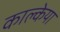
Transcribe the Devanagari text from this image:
काल्केया